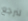
لنرجع